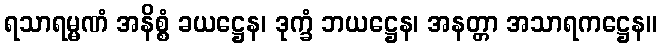
ရသာရမ္မဏံ အနိစ္စံ ခယဋ္ဌေန၊ ဒုက္ခံ ဘယဋ္ဌေန၊ အနတ္တာ အသာရကဋ္ဌေန။